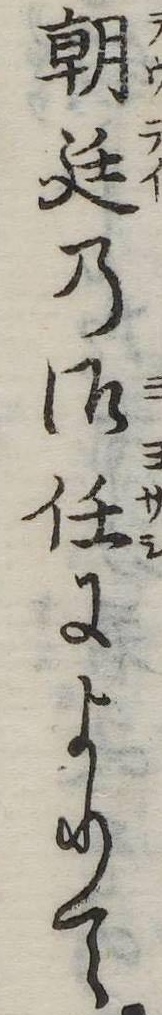
朝廷の御任によりて